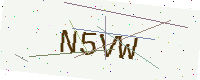
Text: N5VW